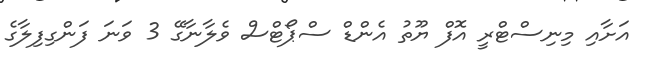
އަށާއި މިނިސްޓްރީ އޮފް ޔޫތު އެންޑް ސްޕޯޓްސް ވެލާނާގޭ 3 ވަނަ ފަންގިފިލާގެ